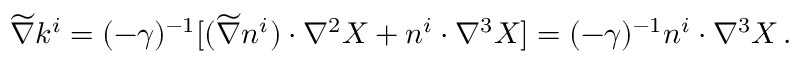
\widetilde \nabla k ^ { i } = ( - \gamma ) ^ { - 1 } [ ( \widetilde \nabla n ^ { i } ) \cdot \nabla ^ { 2 } X + n ^ { i } \cdot \nabla ^ { 3 } X ] = ( - \gamma ) ^ { - 1 } n ^ { i } \cdot \nabla ^ { 3 } X \, .